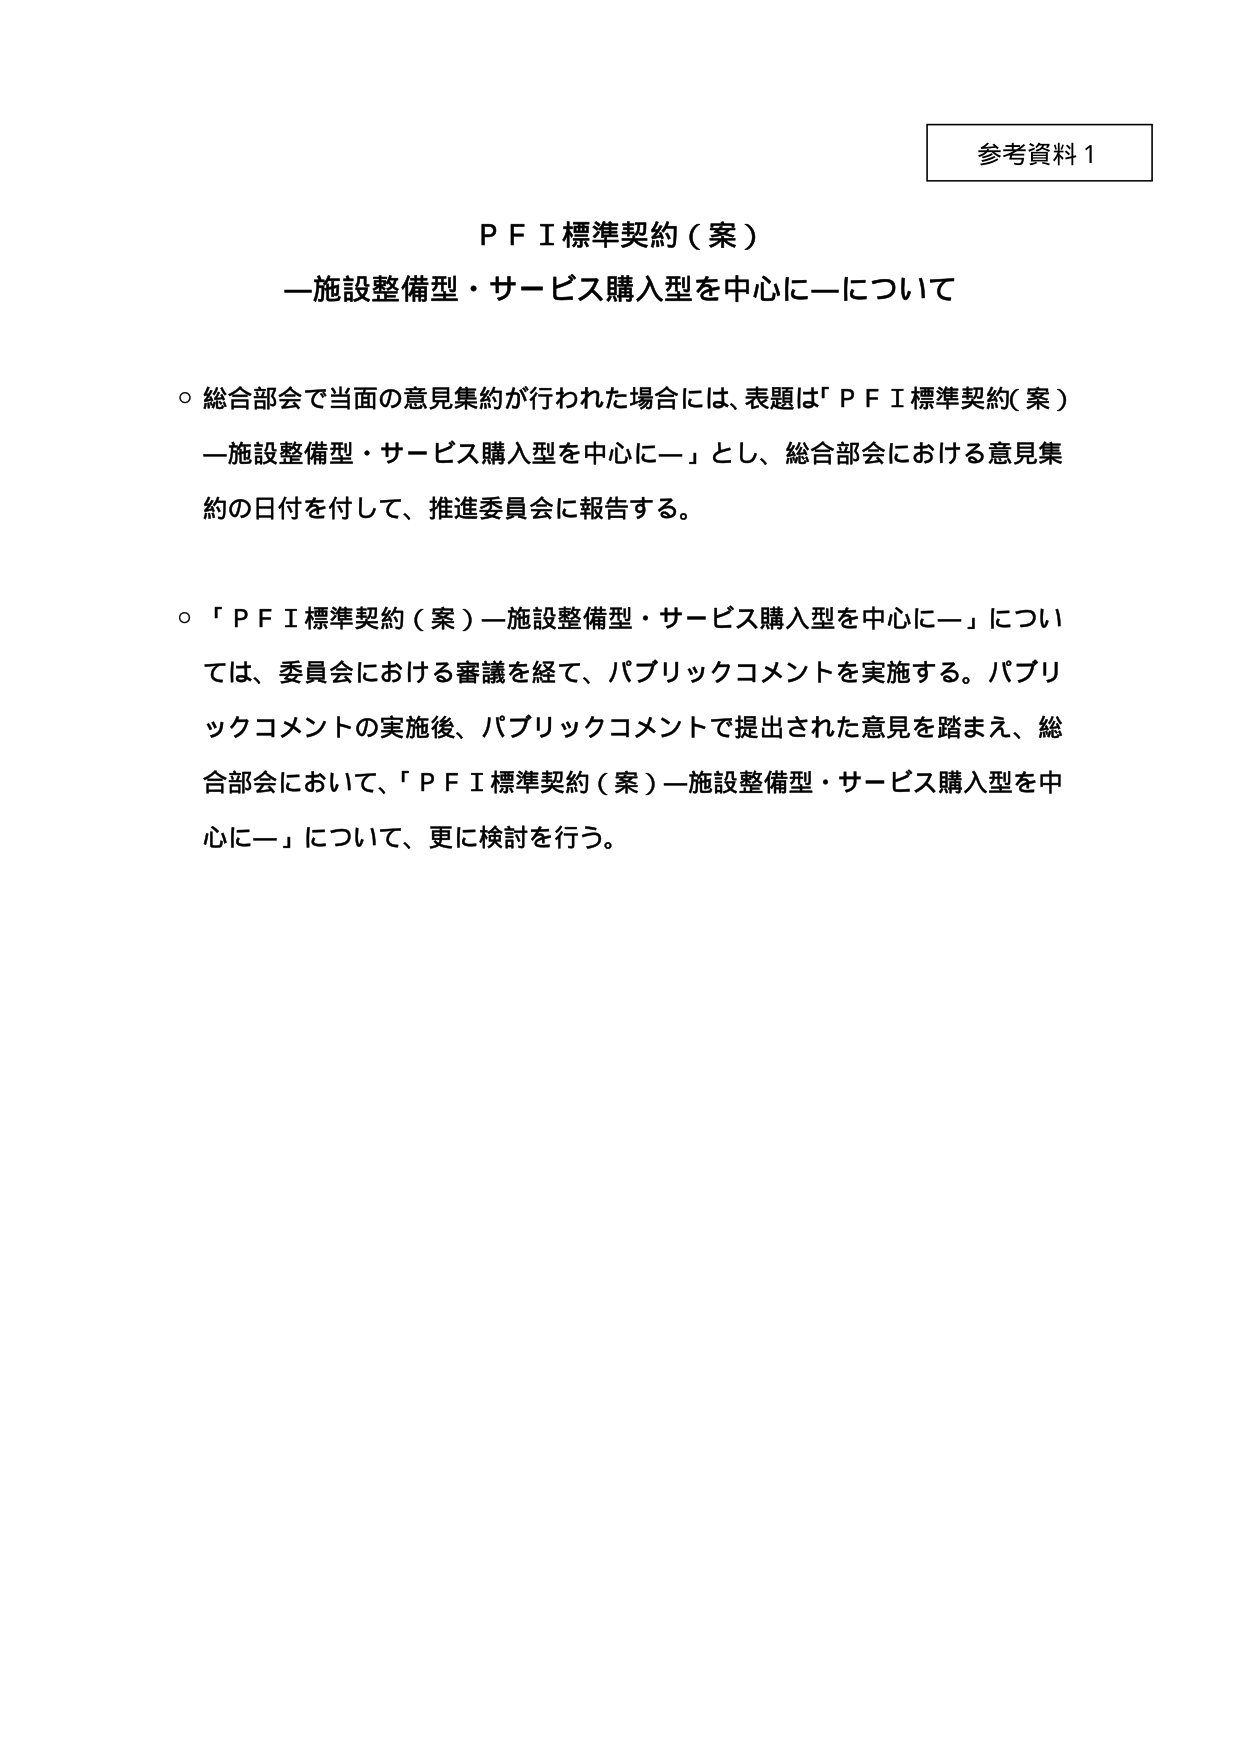
参考資料１

ＰＦＩ標準契約（案）
―施設整備型・サービス購入型を中心に―について

○ 総合部会で当面の意見集約が行われた場合には、表題は「ＰＦＩ標準契約（案）―施設整備型・サービス購入型を中心に―」とし、総合部会における意見集約の日付を付して、推進委員会に報告する。

○ 「ＰＦＩ標準契約（案）―施設整備型・サービス購入型を中心に―」については、委員会における審議を経て、パブリックコメントを実施する。パブリックコメントの実施後、パブリックコメントで提出された意見を踏まえ、総合部会において、「ＰＦＩ標準契約（案）―施設整備型・サービス購入型を中心に―」について、更に検討を行う。